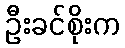
ဦးခင်စိုးက